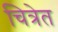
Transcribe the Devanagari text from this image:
चित्रेत